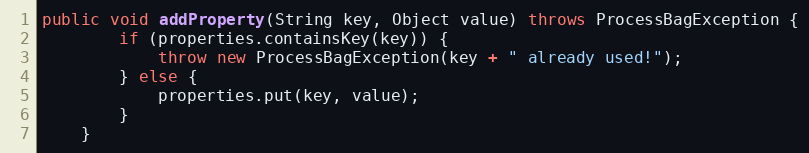
Language: Java
public void addProperty(String key, Object value) throws ProcessBagException {
        if (properties.containsKey(key)) {
            throw new ProcessBagException(key + " already used!");
        } else {
            properties.put(key, value);
        }
    }